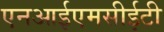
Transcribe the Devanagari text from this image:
एनआईएमसीईटी